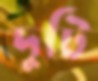
দুটি